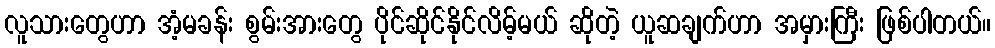
လူသားတွေဟာ အံ့မခန်း စွမ်းအားတွေ ပိုင်ဆိုင်နိုင်လိမ့်မယ် ဆိုတဲ့ ယူဆချက်ဟာ အမှားကြီး ဖြစ်ပါတယ်။